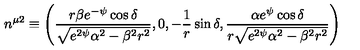
n ^ { \mu 2 } \equiv \left( \frac { r \beta e ^ { - \psi } \cos \delta } { \sqrt { e ^ { 2 \psi } \alpha ^ { 2 } - \beta ^ { 2 } r ^ { 2 } } } , 0 , - \frac { 1 } { r } \sin \delta , \frac { \alpha e ^ { \psi } \cos \delta } { r \sqrt { e ^ { 2 \psi } \alpha ^ { 2 } - \beta ^ { 2 } r ^ { 2 } } } \right)